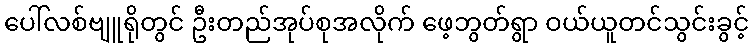
ပေါ်လစ်ဗျူရိုတွင် ဦးတည်အုပ်စုအလိုက် ဖေ့ဘွတ်ရွာ ဝယ်ယူတင်သွင်းခွင့်